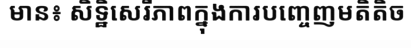
មាន៖ សិទ្ឋិសេរីភាពក្នុងការបញ្ចេញមតិតិច